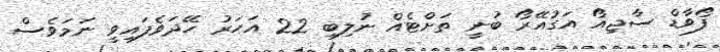
ފޯވާޑް ސާޖިއޯ އަގުއޭރޯ ބުނީ ތަށްޓެއް ނުލިބި 22 އަހަރު ހޭދަވެފައިވީ ނަމަވެސް